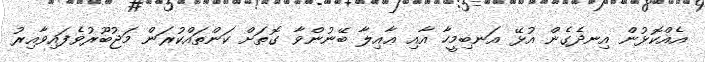
އެއްކޮޅުން އިނދެގެން އުޅޭ އަނބިމީހާ އާއި ޢާއިލާ ބޭނުންވާ ގޮތަށް ކަންތައްކުރަން މަޖުބޫރުވެފައިވާއިރު